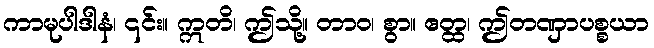
ကာမုပါဒါနံ၊ ၎င်း။ ဣတိ၊ ဤသို့။ တာဝ၊ စွာ။ ဧတ္ထ၊ ဤတဏှာပစ္စယာ